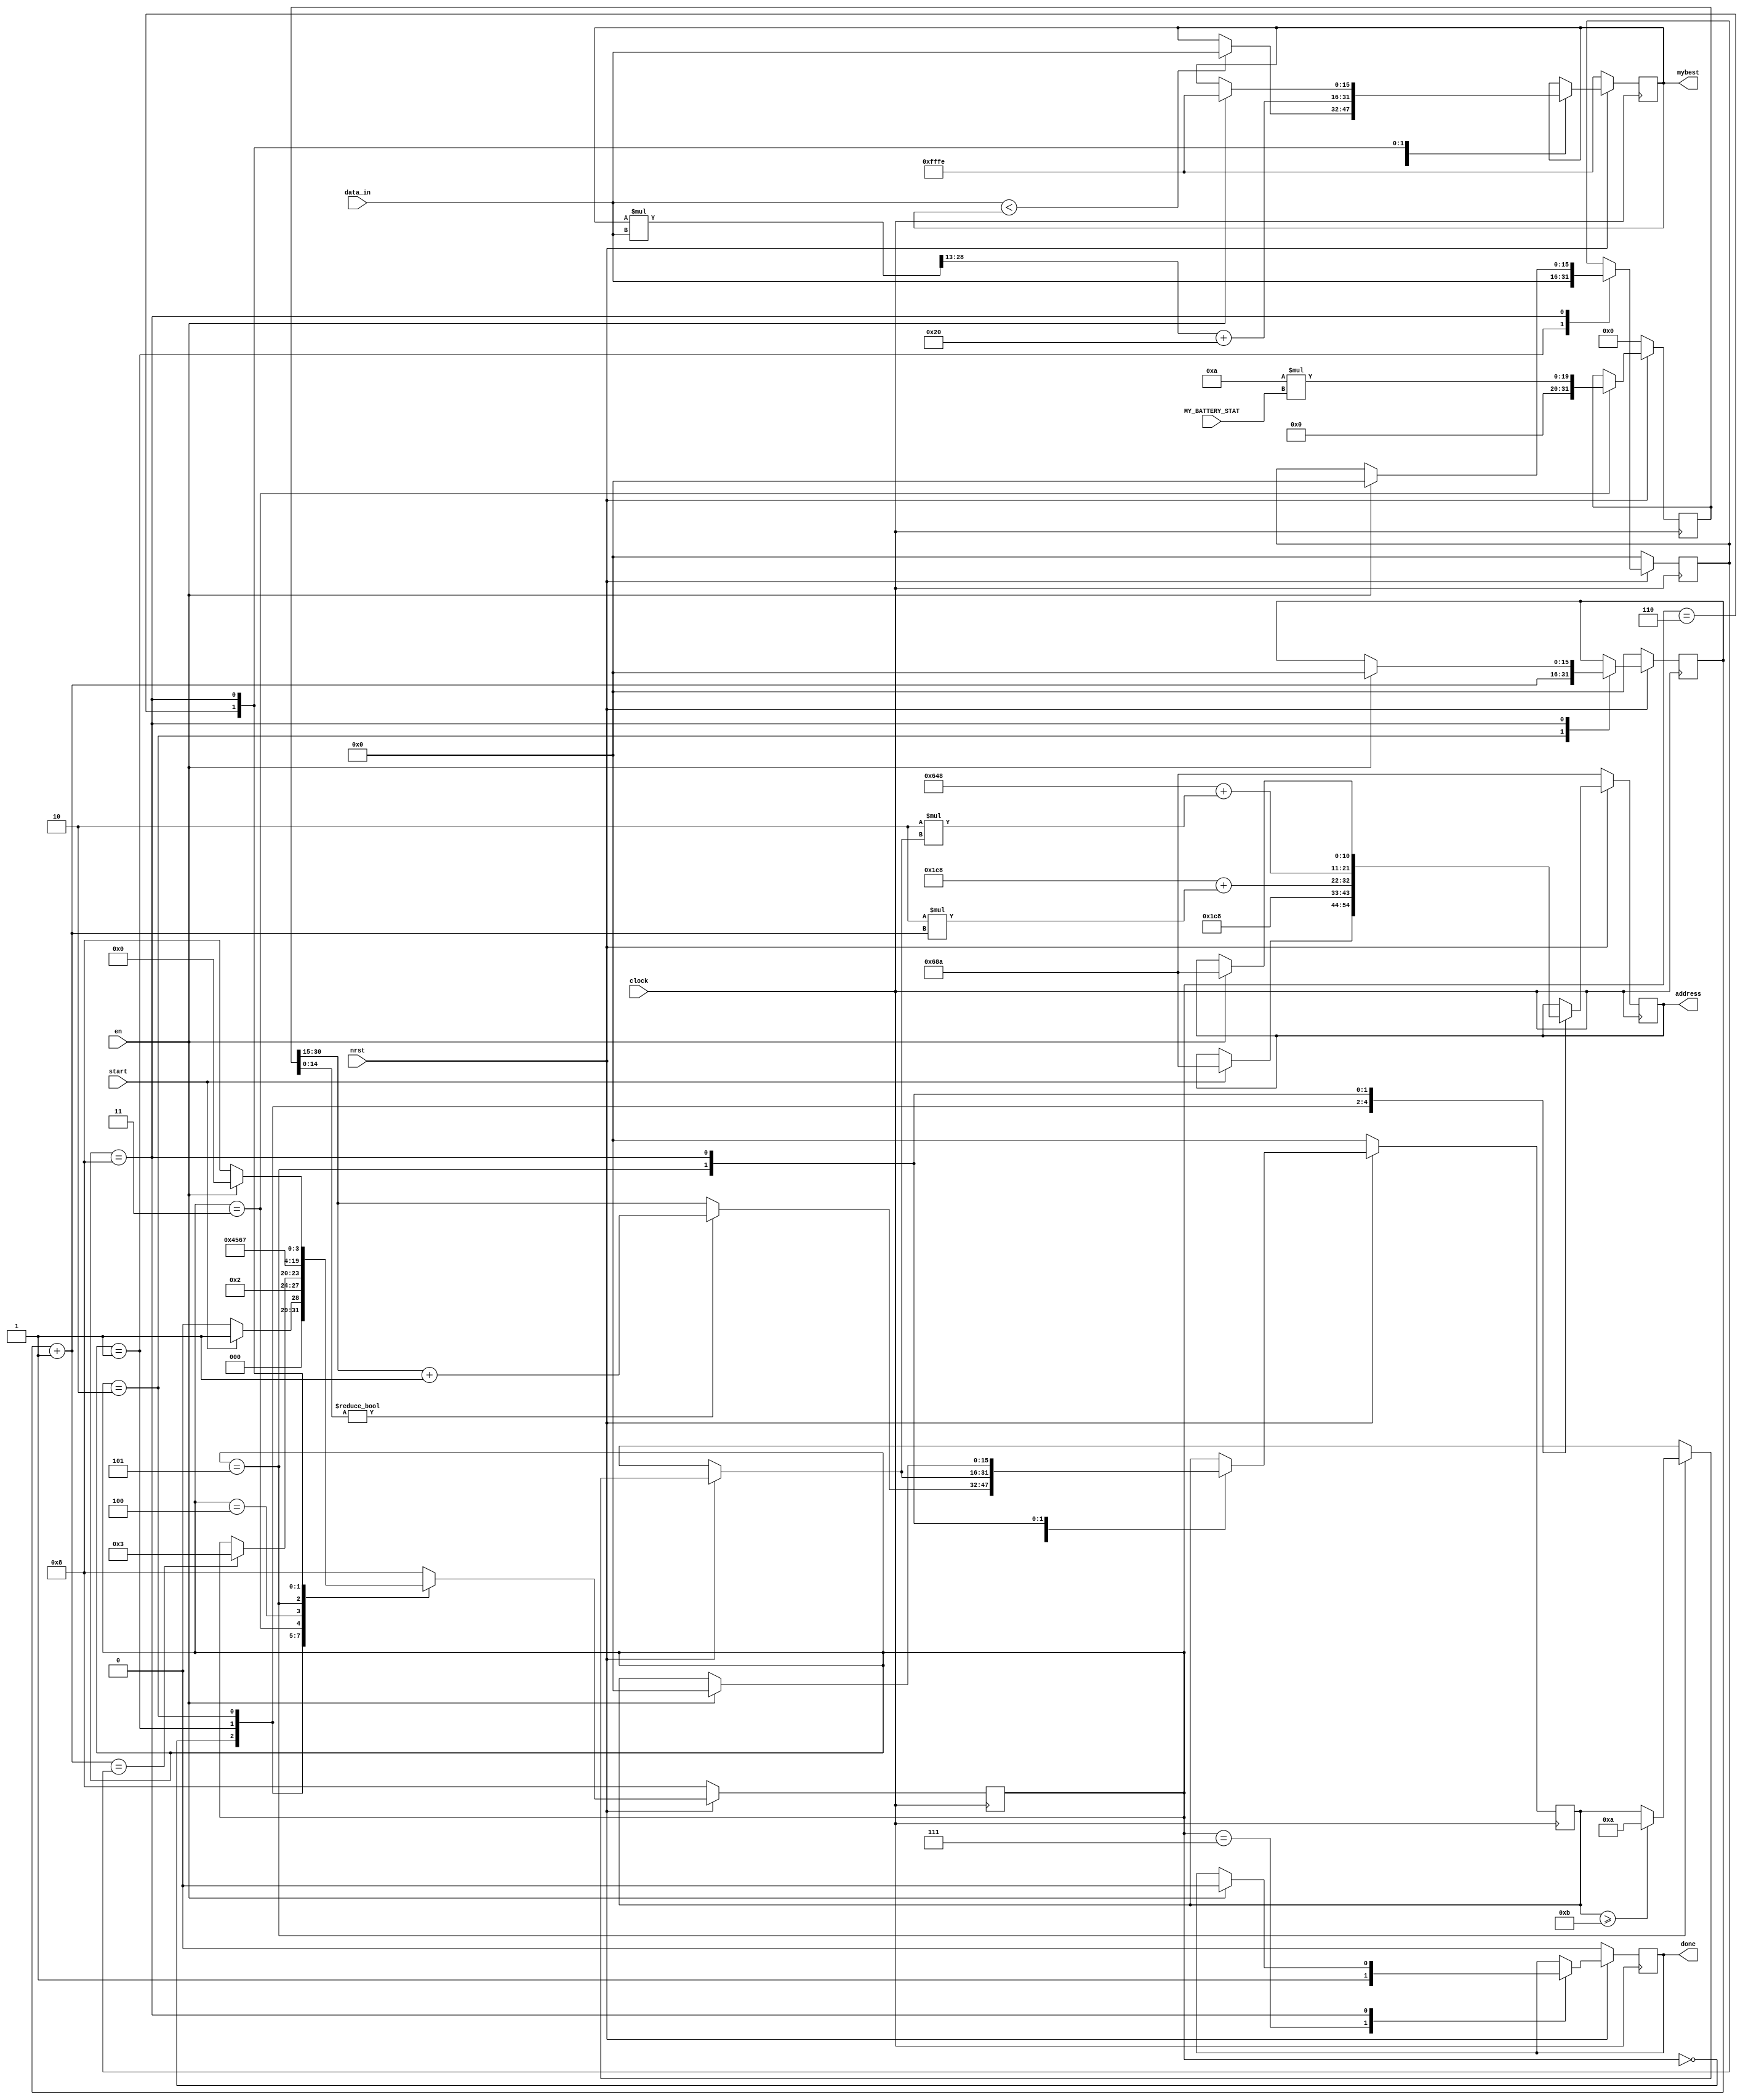
`timescale 1ns/1ps
`define WORD_WIDTH 16
`define HCM_LENGTH 11

module findMyBest(clock, nrst, en, start, address, data_in, MY_BATTERY_STAT, mybest, done);
	input clock, nrst, en, start;
	input [`WORD_WIDTH-1:0] data_in, MY_BATTERY_STAT;
	output done;
	output [10:0] address;
	output [`WORD_WIDTH-1:0] mybest; // fixed-point

	// Registers
	reg done_buf;
	reg [10:0] address_count;
	reg [`WORD_WIDTH-1:0] neighborCount, k, l;
	reg [`WORD_WIDTH-1:0] mybest_buf, qValue, HCM; // fixed-point
	reg [3:0] state;
	reg [31:0] kTemp, mybestTemp;

	always @ (posedge clock) begin
		if (!nrst) begin
			done_buf = 0;
			address_count <= 11'h68A; // neighborCount address
			mybest_buf = 16'hFFFE; // fixed-point
			state <= 8;
			k = 0;	// HCM index
			l = 0; // neighborCount index
			kTemp = 32'd0;
			mybestTemp = 32'd0;
			HCM = 0;
			neighborCount = 0;
			qValue = 0;
		end
		else begin
			case (state)
				0: begin
					if (start) begin
						state <= 1;
						address_count <= 11'h68A; // neighborCount address
					end
					else state <= 0;
				end

				1: begin
					neighborCount = data_in;
					state <= 2;
					address_count <= 11'h1C8; // qValue address
				end

				2: begin
					qValue = data_in;
					$display("qValue: %b", qValue);

					l = l + 1;
					address_count <= 11'h1C8 + 2*l; // qValue address

					if (qValue < mybest_buf) begin // fixed-point comparison
						mybest_buf = qValue;
						$display("mybest: %b", mybest_buf);
					end

					if (l == neighborCount) begin
						state <= 3;
					end
				end

				3: begin
					kTemp = (`HCM_LENGTH - 1) * MY_BATTERY_STAT; //16./0 * 1./15 = 17./15
					$display("MY_BATTERY_STAT: %B", MY_BATTERY_STAT);					
					state <= 4;
				end

				4: begin
					if(kTemp[14:0] != 15'd0) 
						k = kTemp[30:15] + 1;
					else
						k = kTemp[30:15];
					state <= 5;
				end

				5: begin
					if (k >= `HCM_LENGTH)
						k = `HCM_LENGTH - 1;
					address_count <= 11'h648 + 2*k; // HCM address
					state <= 6;
				end

				6: begin
					HCM = data_in;
					//mybest_buf = mybest_buf * HCM; // fixed-point multiplication
					mybestTemp = mybest_buf * HCM; //fixed-point multiplication 11./5 * 3./13 = 14./18
					$display("k, kTemp, mybestTemp, mybest_buf, HCM: %D,%B,%B,%B,%B", k, kTemp, mybestTemp, mybest_buf, HCM);
					mybest_buf = mybestTemp[28:13] + 'b100000; // 14./18 ===> 11./5
					$display("mybest_buf: %B", mybest_buf);
					state <= 7;
				end

				7: begin
					done_buf = 1;
					state <= 8;
				end

				8: begin
					if (en) begin
						done_buf = 0;
						address_count <= 11'h68A; // neighborCount address
						mybest_buf = 16'hFFFE; // fixed-point
						state <= 0;
						k = 0;	// HCM index
						l = 0; // neighborCount index
						HCM = 0;
						neighborCount = 0;
						qValue = 0;
					end
					else state <= 8;
				end

				default: state <= 8;
			endcase
		end
	end

	assign done = done_buf;
	assign address = address_count;
	assign mybest = mybest_buf;
endmodule